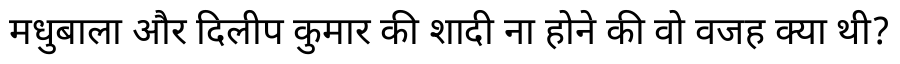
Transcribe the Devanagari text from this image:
मधुबाला और दिलीप कुमार की शादी ना होने की वो वजह क्या थी?